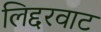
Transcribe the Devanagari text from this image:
लिद्दरवाट